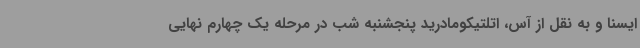
ایسنا و به نقل از آس، اتلتیکومادرید پنجشنبه شب در مرحله یک چهارم نهایی